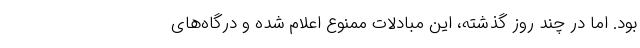
بود. اما در چند روز گذشته، این مبادلات ممنوع اعلام شده و درگاه‌های